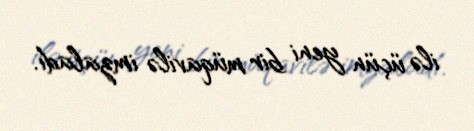
ilə üçün yeni bir müqavilə imzaladı.